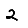
Digit: 2